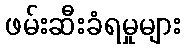
ဖမ်းဆီးခံရမှုများ